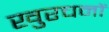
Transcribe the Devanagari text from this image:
खुरचनों